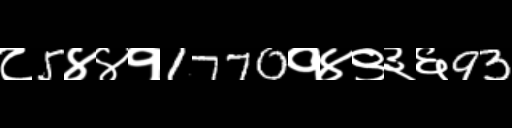
Text: ८5४४१1770१४९३६93